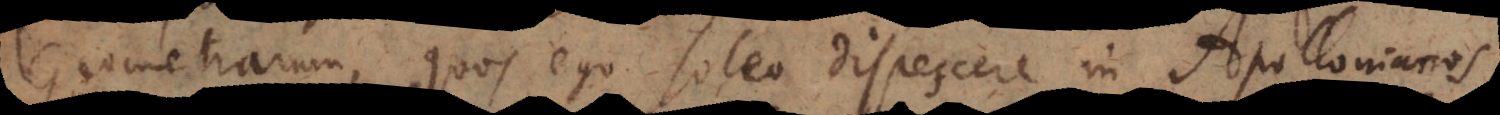
Geometrarum, quos ego soleo dispescere in Apollonianos